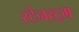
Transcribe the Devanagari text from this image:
स्टेनस्ट्रम